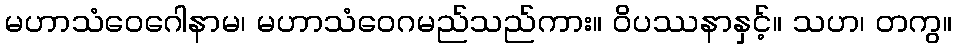
မဟာသံဝေဂေါနာမ၊ မဟာသံဝေဂမည်သည်ကား။ ဝိပဿနာနှင့်။ သဟ၊ တကွ။